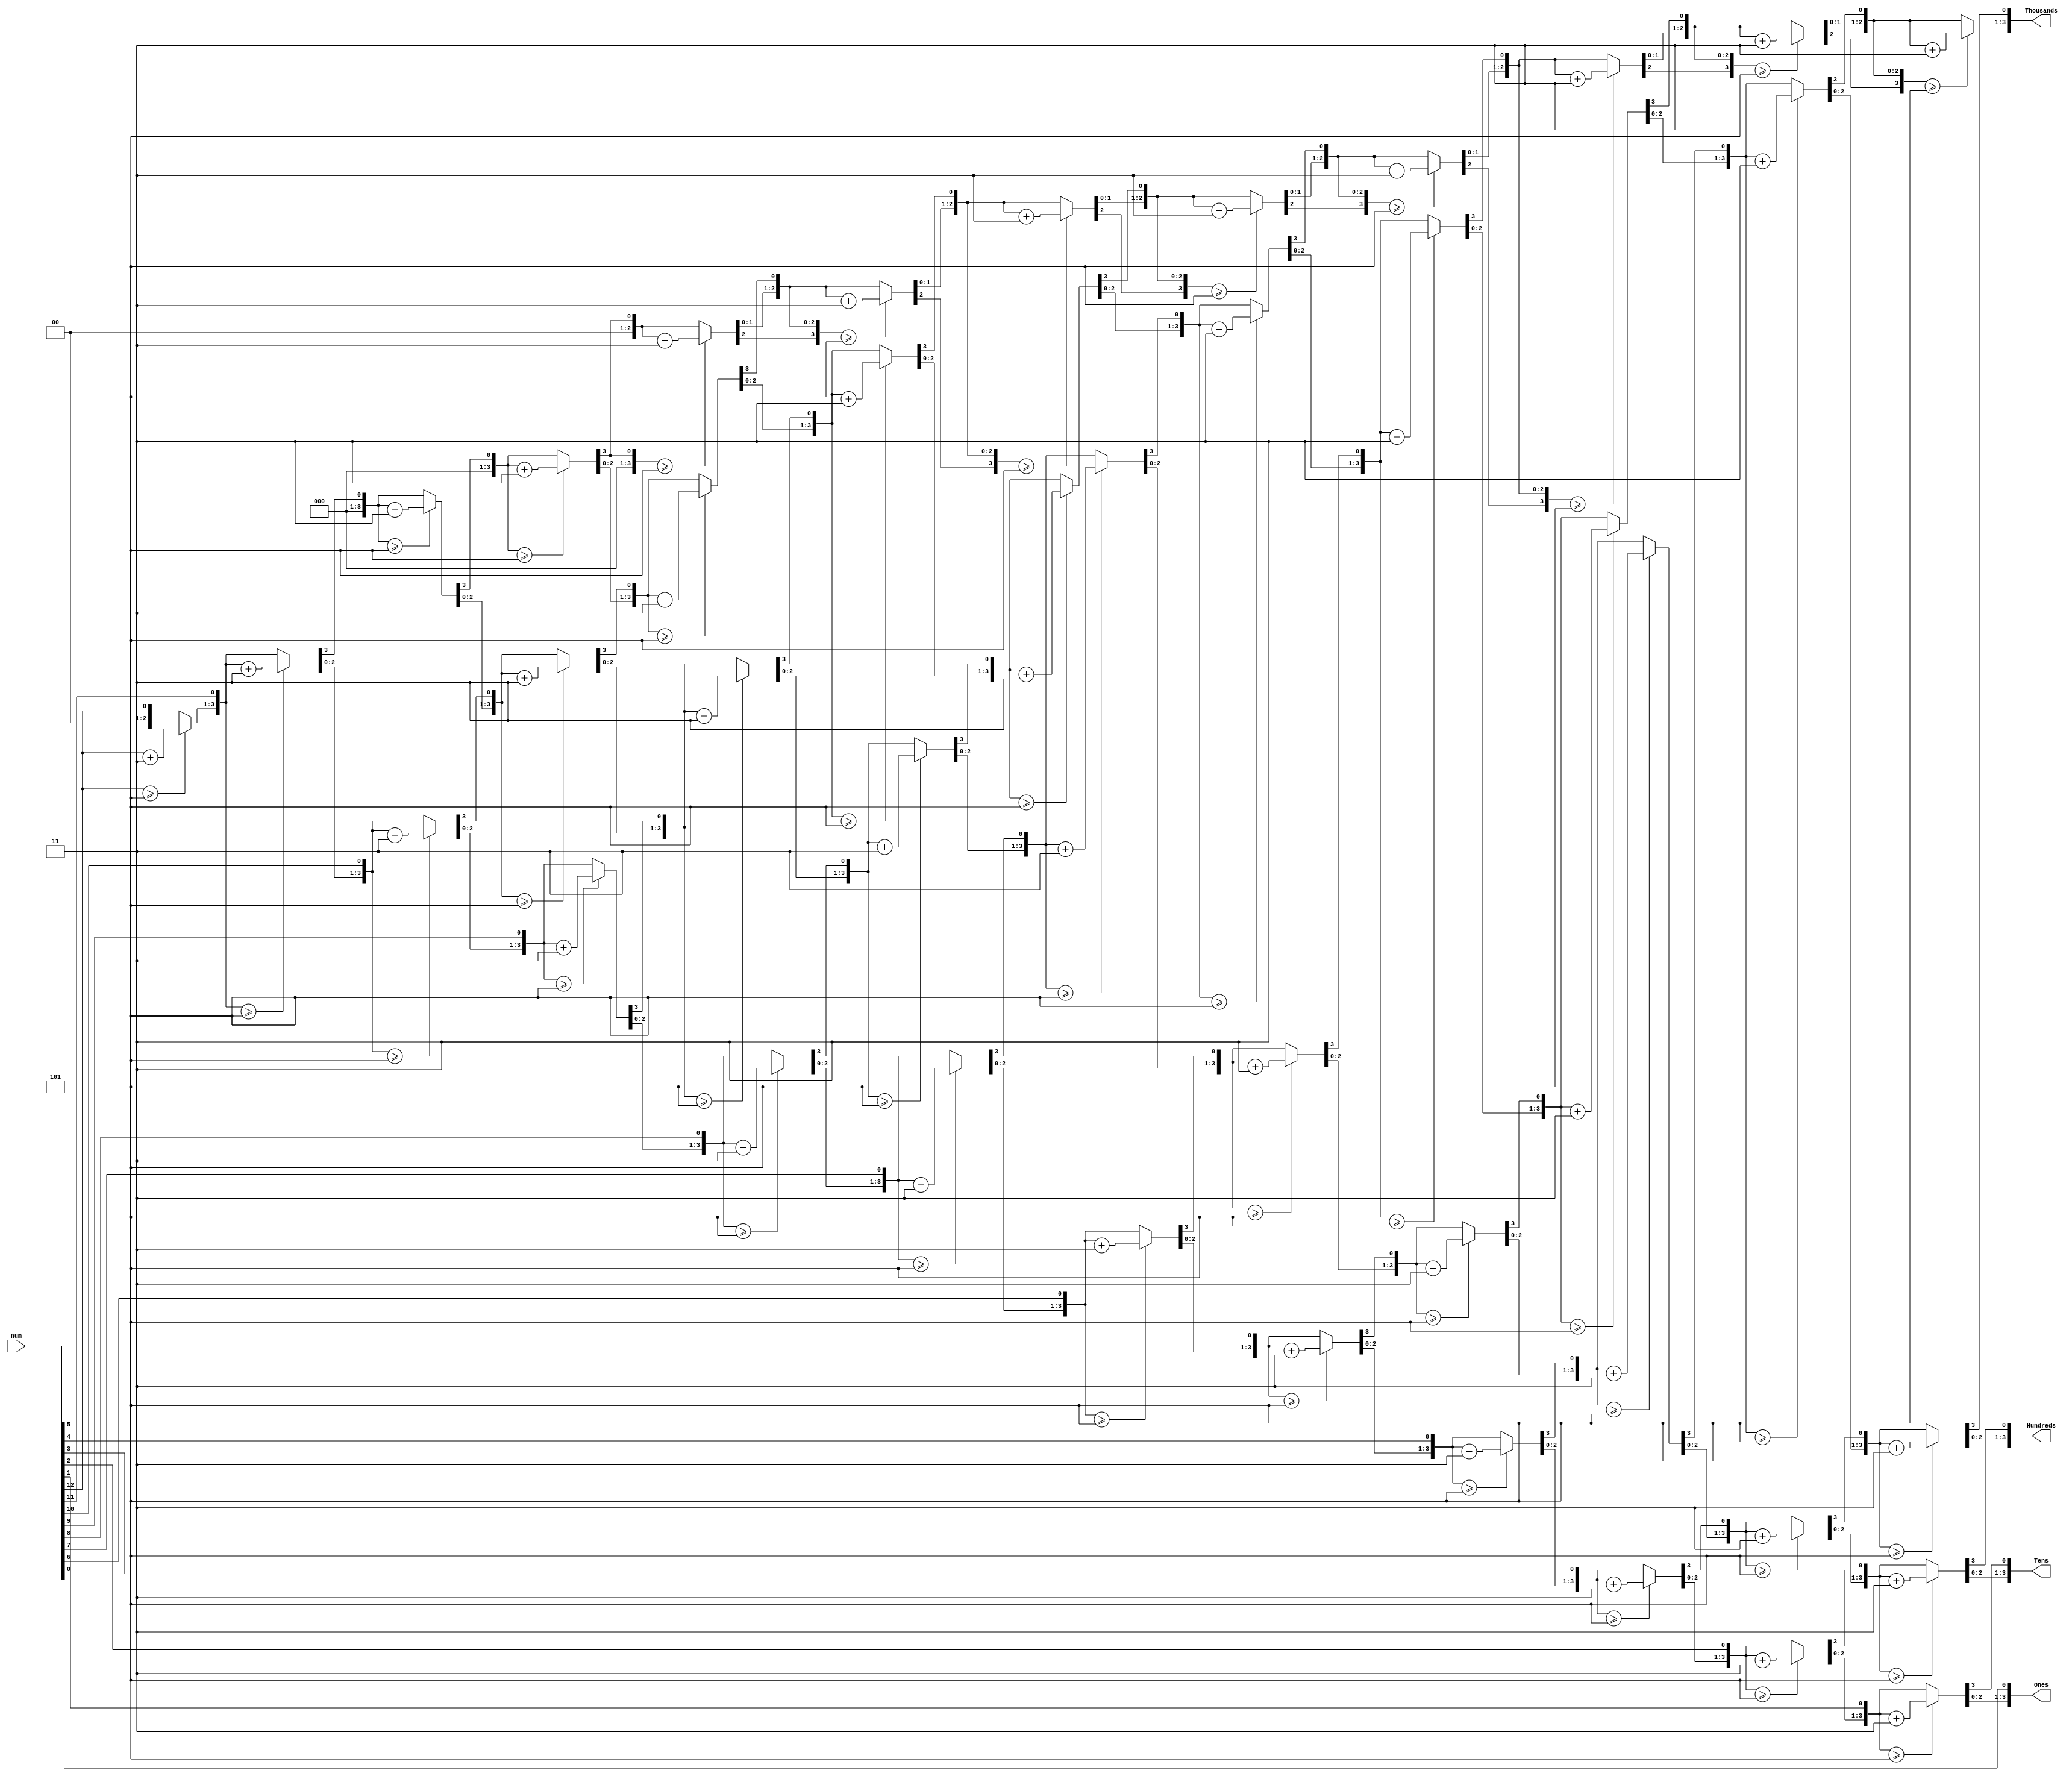
`timescale 1ns / 1ps
//////////////////////////////////////////////////////////////////////////////////
// Company: 
// Engineer: 
// 
// Design Name: 
// Module Name: BCD
// Project Name: 
// Target Devices: 
// Tool Versions: 
// Description: 
// 
// Dependencies: 
// 
// Revision:
// Revision 0.01 - File Created
// Additional Comments:
// 
//////////////////////////////////////////////////////////////////////////////////


module BCD ( 
    input [12:0] num, 
    output reg [3:0] Thousands,
    output reg [3:0] Hundreds, 
    output reg [3:0] Tens, 
    output reg [3:0] Ones 
    ); 
    integer i; 
    always @(num) 
    begin 
        //initialization 
        Thousands = 4'd0;
        Hundreds = 4'd0; 
        Tens = 4'd0; 
        Ones = 4'd0; 
        for (i = 12; i >= 0 ; i = i-1 ) 
        begin 
         if(Thousands >= 5 ) 
                Thousands = Thousands + 3; 
            if(Hundreds >= 5 ) 
                Hundreds = Hundreds + 3; 
            if (Tens >= 5 ) 
                Tens = Tens + 3; 
            if (Ones >= 5) 
                Ones = Ones +3; 
                
            //shift left one 
            Thousands = Thousands << 1;
            Thousands[0] = Hundreds[3];
            Hundreds = Hundreds << 1; 
            Hundreds [0] = Tens [3]; 
            Tens = Tens << 1; 
            Tens [0] = Ones[3]; 
            Ones = Ones << 1; 
            Ones[0] = num[i]; 
    end 
end 
endmodule